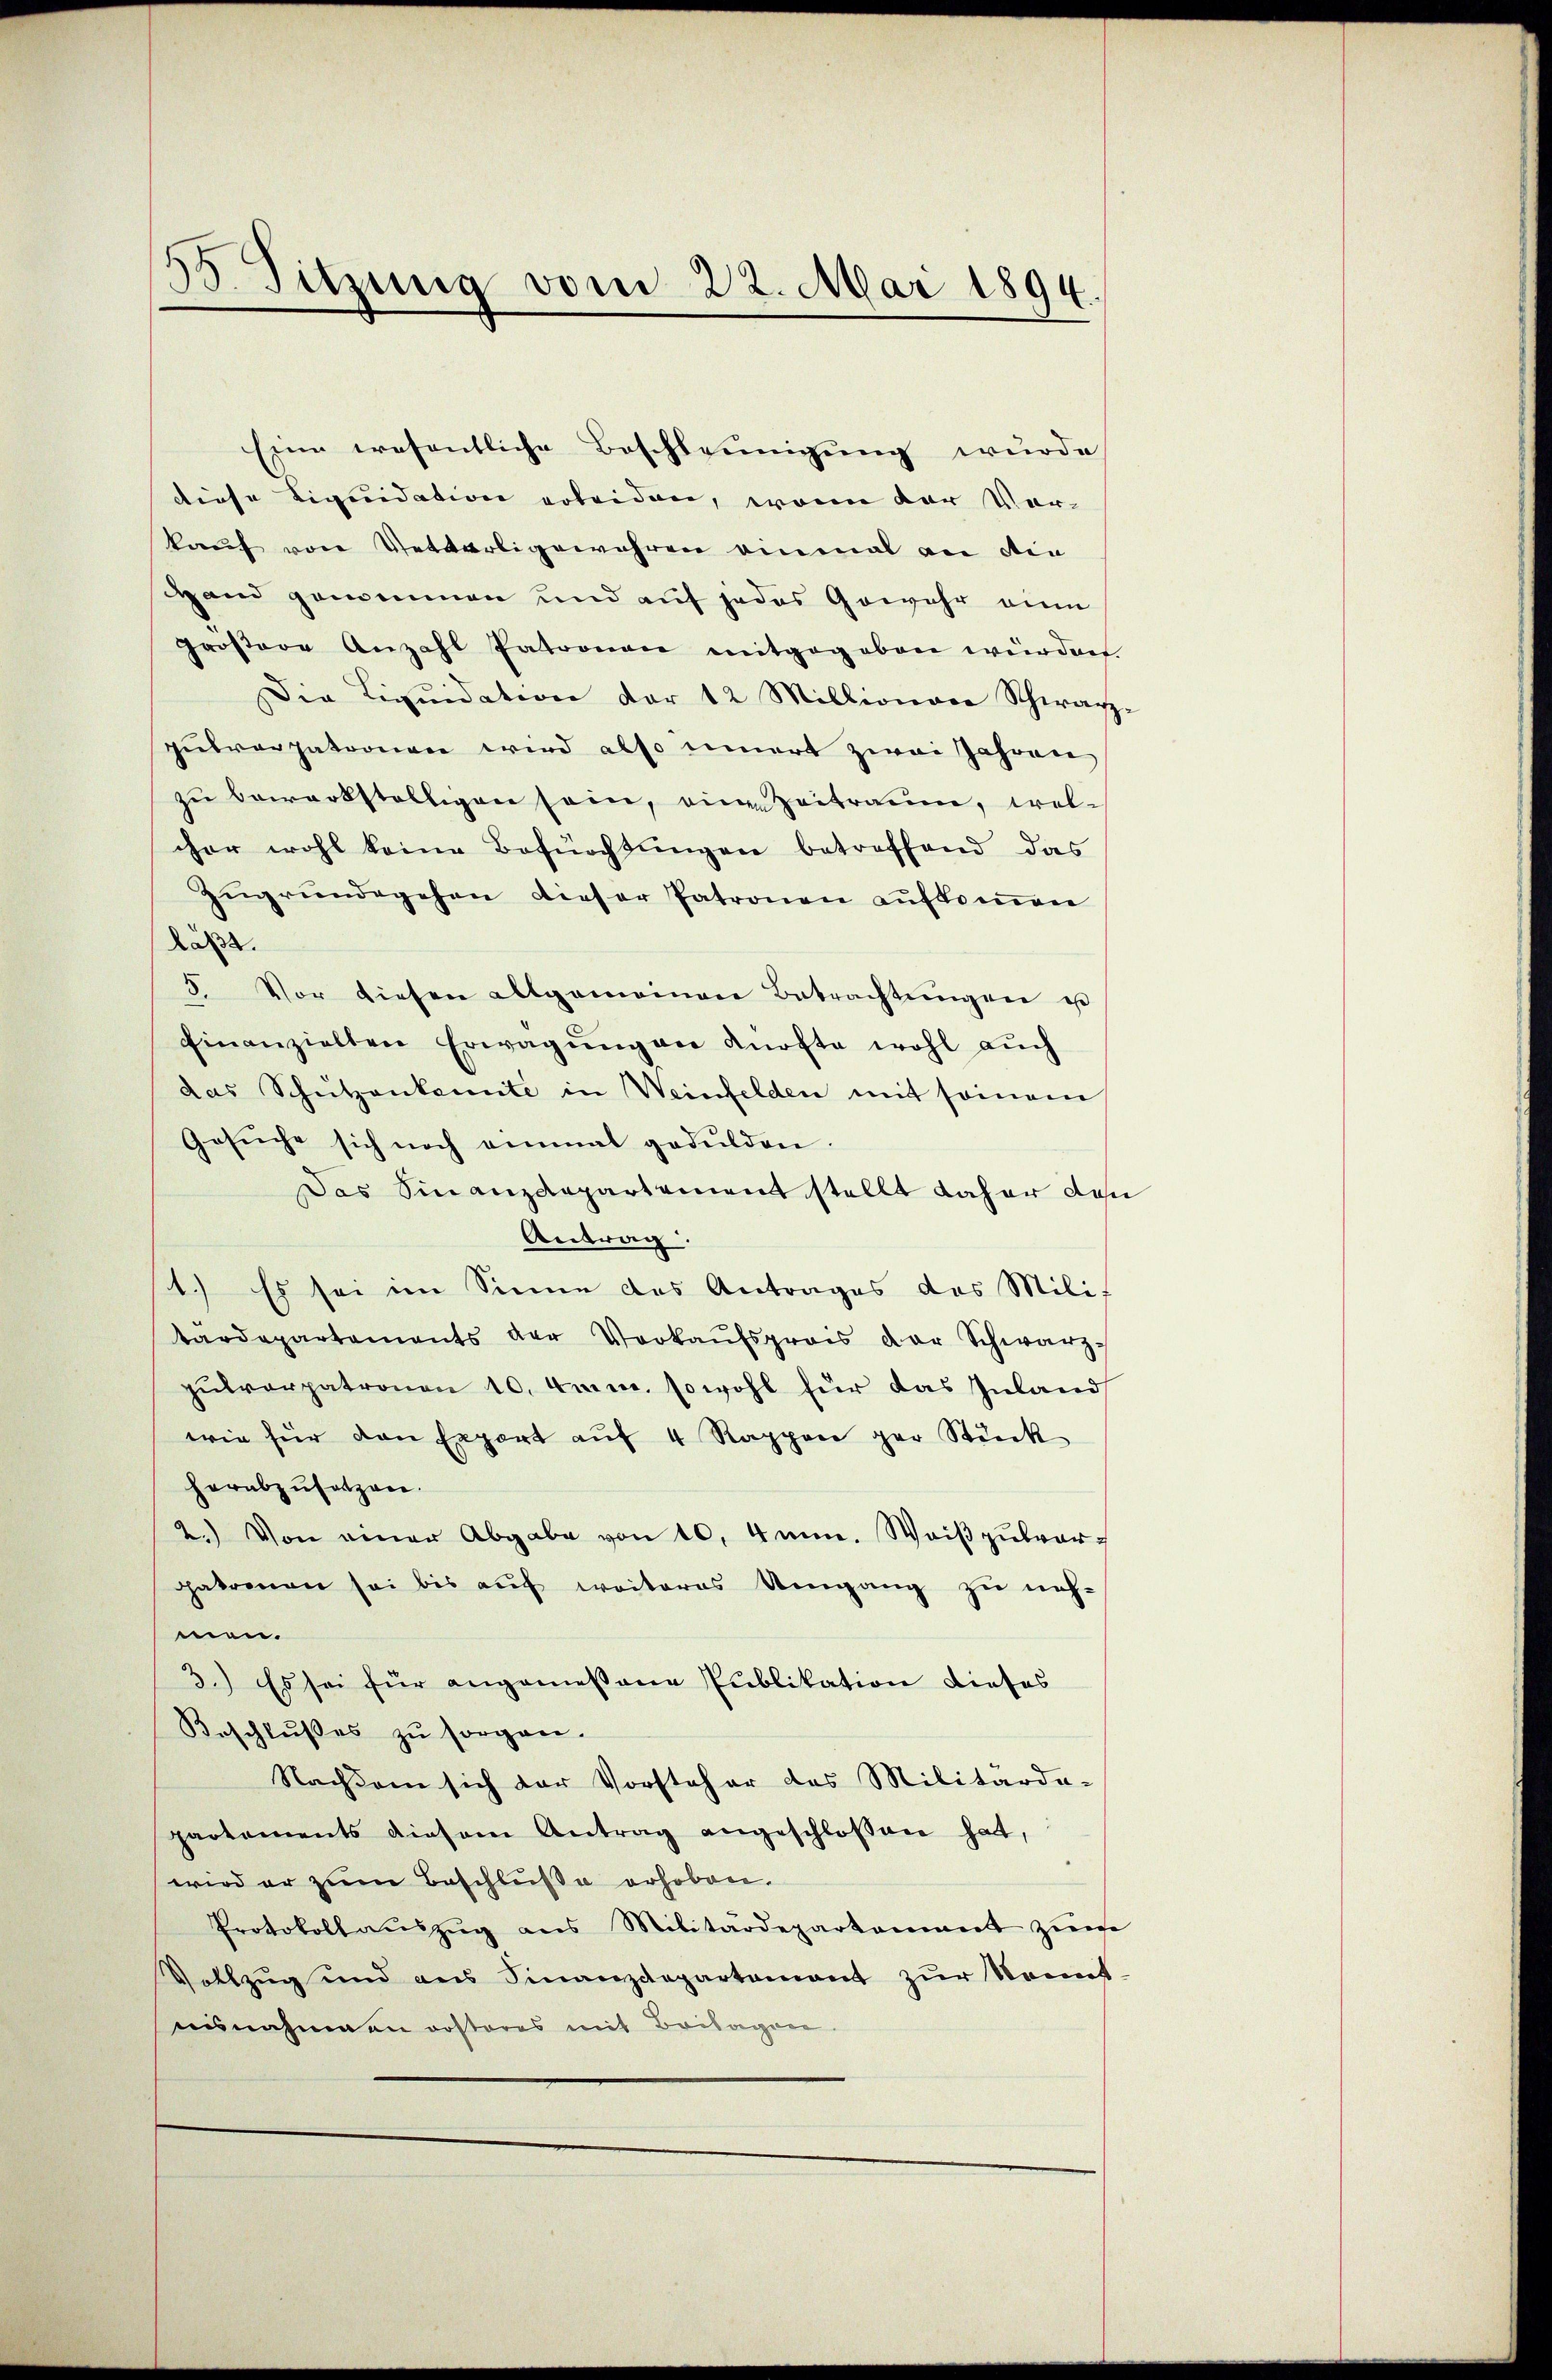
.
38. Sitzung vom 22. Mai 1894.

Eii eresentliche Beschleunigung wurde
diese Liquidation erleiden, wenn der Vorkauf von Vetterligewahren einmal an die
Hand genommen und auf jedes Gewehr eine
Prosere Anzahl Patronen mitgegeben würden.
Die Liqŭidation der 12 Millionar Schwarz-
gutverpatronen wird also innert zwei Jahren
zŭ bewerbställigen sein, eine Zeitraum, welcher wohl keine Befürchtŭngen betreffend das
Zŭgrŭndegehen dieser Patronen aufkommen
läßt.
5. Vor diesen allgemeinen Betrachtŭngen es
Einanzielten Erwägŭng an dürfte wohl aŭch
das Schützenkomite in Weinfelden mit seinem
Gesŭche sich noch einmal gedulden.
Das Finanzdepartement stellt daher de
Antrag.
1.) Es sei im Sinne des Antrages das Milit
tardepartements der Verkaŭfspreis der Schwarz-
pulverpatronen 10. Jun. sowohl für das Inland
wie für den Expert aŭf 4 Rappen gar Stück
herabzŭsetzen.
2.) Von einer Abgabe von 10. 4mm. Weißzuwargakomen sei bis aŭf weiteres Umgang zu neh-
men.
3.) Es sei für angemeßene Publikation dieses
Beschlußes zu sorgen.
Nachdem sich der Vorsteher das Militärda-
partements diesem Antrag angeschlossen hat,
wird er zum Beschluße erhoben.
Protokoll aŭszŭg ans Militärdepartement zŭm
Vollzug und ans Finanzdepartamant zŭr Sonnt
ausnahmen rosteres mit Beilagen.